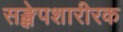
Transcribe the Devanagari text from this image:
सङ्क्षेपशारीरक